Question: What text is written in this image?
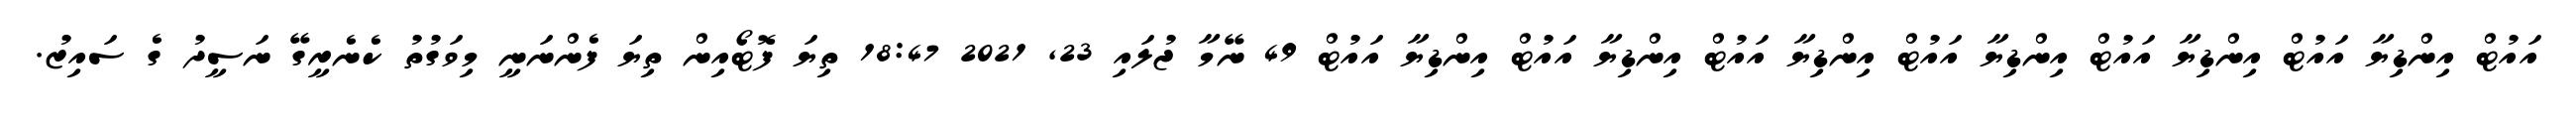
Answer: އައުޓް އިންޑިޔާ އައުޓް އިންޑިޔާ އައުޓް އިންޑިޔާ އައުޓް އިންޑިޔާ އައުޓް އިންޑިޔާ އައުޓް އިންޑިޔާ އައުޓް 49 ނޭމާ ޖުލައި 23, 2021 18:47 ތިޔަ ފޮޓޯއިން ތިޔަ ފެންނަނީ މިވަގުތު ކެނެރީގޭ ނަސީދު ގެ ސައިޒު.